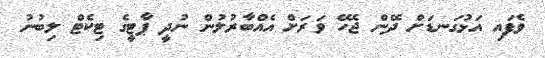
ވެފައި އަޅުގަނޑަށް ދޭން ޖެހޭ ވަރަށް އެއްބާރުލުން ނުދީ ޕާޓީގެ ޓިކެޓް ލިބުނު